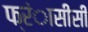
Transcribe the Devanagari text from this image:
फ्रंासीसी